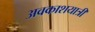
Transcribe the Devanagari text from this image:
अवकाशयात्री